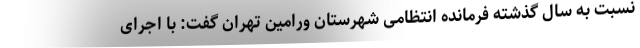
نسبت به سال گذشته فرمانده انتظامی شهرستان ورامین تهران گفت: با اجرای